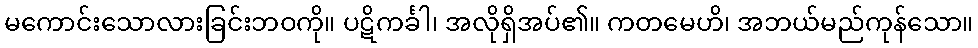
မကောင်းသောလားခြင်းဘဝကို။ ပဋိကင်္ခါ၊ အလိုရှိအပ်၏။ ကတမေဟိ၊ အဘယ်မည်ကုန်သော။